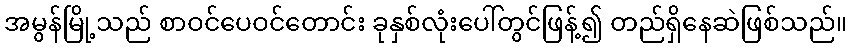
အမွန်မြို့သည် စာဝင်ပေဝင်တောင်း ခုနှစ်လုံးပေါ်တွင်ဖြန့်၍ တည်ရှိနေဆဲဖြစ်သည်။